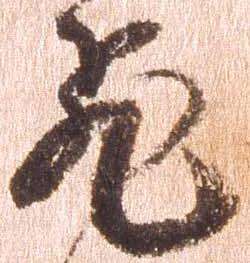
飛